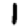
Digit: 1